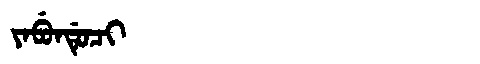
Manchu: ᠶᠠᠪᡠᠨᡩᡠᠴᡳ
Romanization: YABUNDUCI